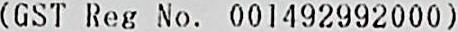
(GST REG NO. 001492992000)